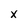
Character: x